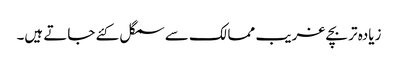
زیادہ تر بچے غریب ممالک سے سمگل کئے جاتے ہیں۔